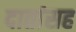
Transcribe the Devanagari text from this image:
दातांसह